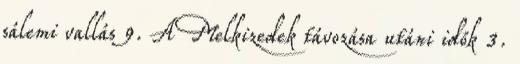
sálemi vallás 9. A Melkizedek távozása utáni idők 3.